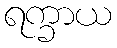
ရက္ခာယ